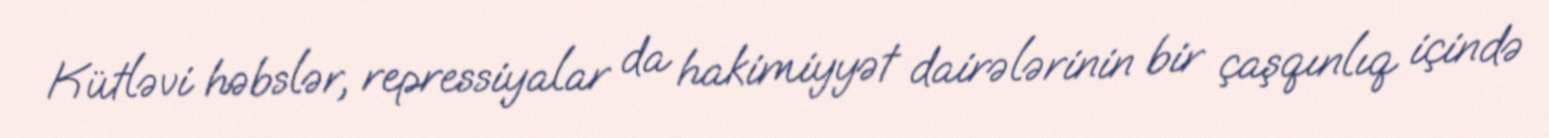
Kütləvi həbslər, repressiyalar da hakimiyyət dairələrinin bir çaşqınlıq içində